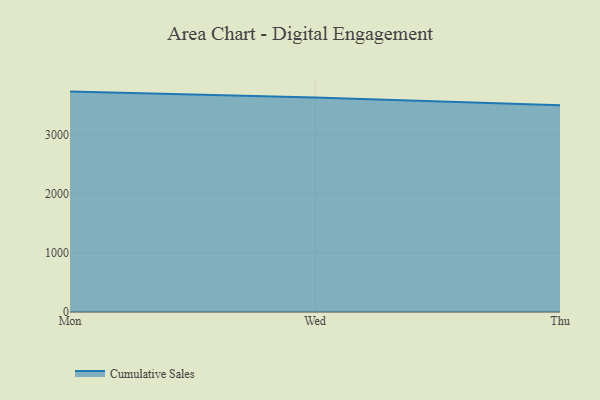
{"axis": {"x": "Day", "y": "Page Views"}, "legend": ["Cumulative Sales"], "data": [{"x": "Mon", "y": 3725.3, "type": "Cumulative Sales"}, {"x": "Wed", "y": 3625.5, "type": "Cumulative Sales"}, {"x": "Thu", "y": 3496.5, "type": "Cumulative Sales"}]}